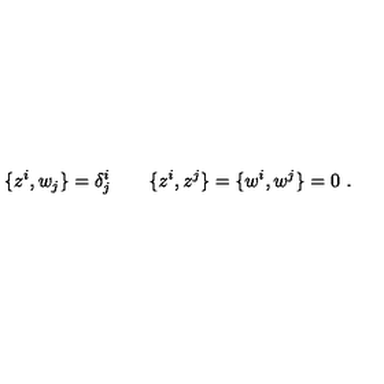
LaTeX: \{ z ^ { i } , w _ { j } \} = \delta _ { j } ^ { i } \qquad \{ z ^ { i } , z ^ { j } \} = \{ w ^ { i } , w ^ { j } \} = 0 \ .